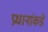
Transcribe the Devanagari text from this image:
प्रधानांकडे